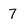
Character: 7